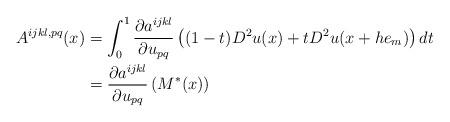
LaTeX: \begin{align*}A^{ijkl,pq}(x) & =\int_{0}^{1}\frac{\partial a^{ijkl}}{\partial u_{pq}}\left( (1-t)D^{2}u(x)+tD^{2}u(x+he_{m})\right) dt\\& =\frac{\partial a^{ijkl}}{\partial u_{pq}}\left( M^{\ast}(x)\right)\end{align*}